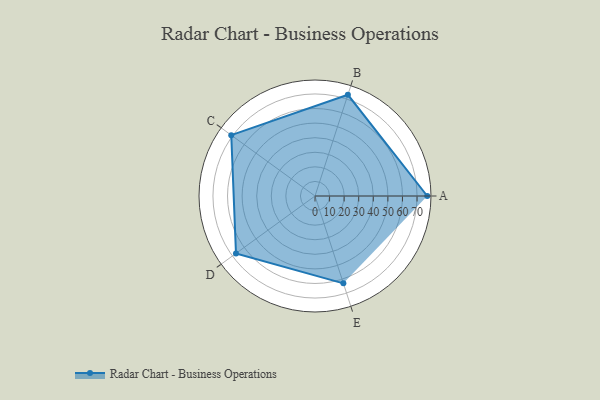
{"axis": {"x": "Skill", "y": "Score"}, "legend": ["Profile"], "data": [{"x": "A", "y": 77.0, "type": "Profile"}, {"x": "B", "y": 73.0, "type": "Profile"}, {"x": "C", "y": 71.0, "type": "Profile"}, {"x": "D", "y": 67.0, "type": "Profile"}, {"x": "E", "y": 63.0, "type": "Profile"}]}